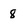
Character: 8